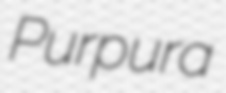
Purpura